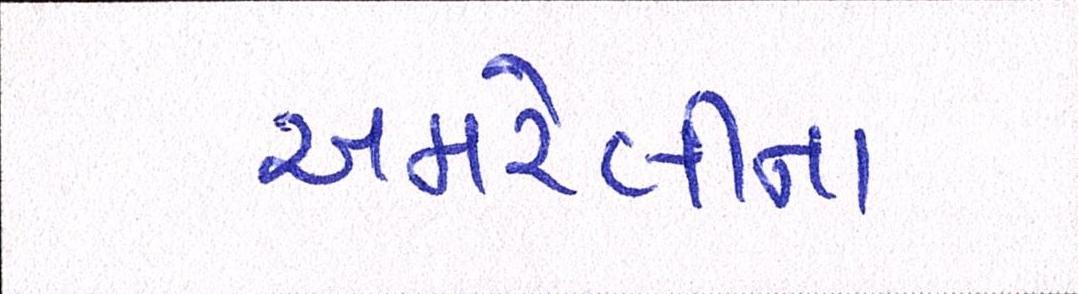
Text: અમરેલીના